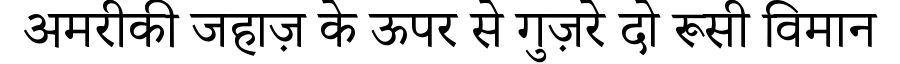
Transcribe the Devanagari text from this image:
अमरीकी जहाज़ के ऊपर से गुज़रे दो रूसी विमान